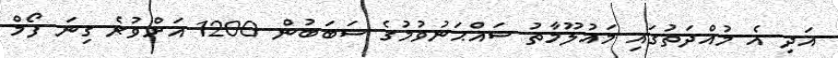
އަދި އެ މުއްދަތުގައި މައުލޫމާތު ސައްޙަނުވުމުގެ ސަބަބުން 1200 އަށްވުރެ ގިނަ ފޯމް